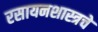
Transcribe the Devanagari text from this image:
रसायनशास्त्रचे